Regulations for the medical services of the Army of India
Year: 1930
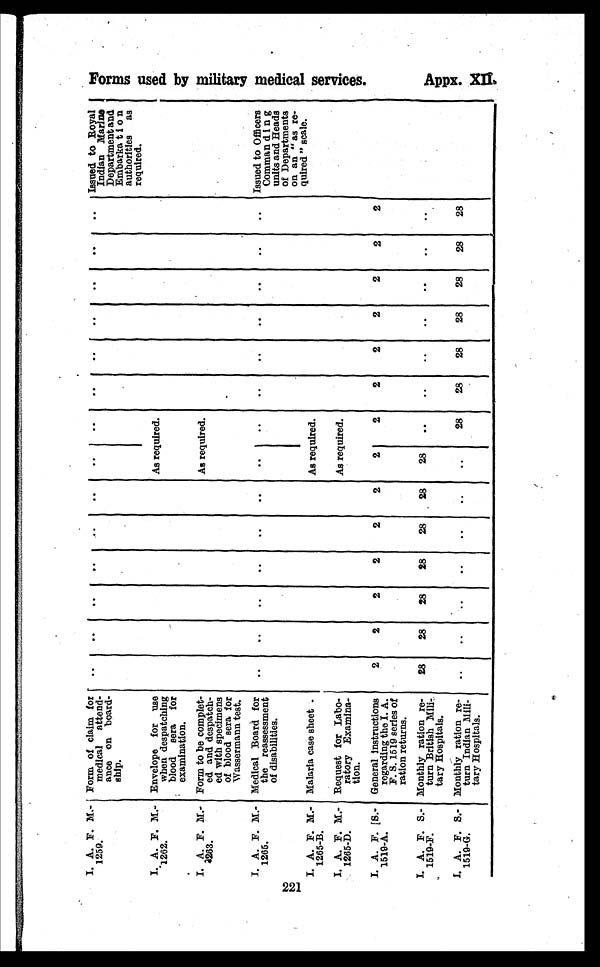
I. A. F. M.-
1259.
Form of claim for
medical attend-
ance on board-
ship.
..
..
..
..
..
..
. .
. .
. .
. . ..
..
..
.. Issued to Royal
Indian Marine
Department and
Embarkation
authorities as
required.
I. A. F. M-
1262.
Envelope for use
when despatching
blood sera for
examination.
As required.
I. A. F. M.-
1263.
Form to be complet-
ed and despatch-
ed with specimens
of blood sera for
Wassermann test.
As required.
I. A. F. M.-
1265.
Medical Board for
the reassessment
of disabilities.
. . ..
..
..
..
..
..
..
..
..
..
..
. .
.. Issued to Officers
Commanding
units and Heads
of Departments
on an "as re-
quired "scale.
I. A. F. M.-
1265-B.
Malaria case sheet .
As required.
I. A. F. M.-
1265-D.
Request for Labo-
ratory Examina-
tion.
As required.
I. A. F. S.-
1519-A.
General instructions
regarding the I. A.
F. S. 1519 series of
ration returns.
2
2
2
2
2
2
2
2
2
2
2
2
2
2
I. A. F. S.-
1519-F.
Monthly ration re-
turn British Mili-
tary Hospitals.
28
28
28
28
28
2 8
2 8
..
..
..
..
..
. .
. .
I. A. F. S.-
1519-G.
Monthly ration re-
turn Indian Mili-
tary Hospitals.
. . .
. ..
..
..
..
..
28
28
28
28
28
28
28
O
Tr
cri
.41
5
F o r m s u s e d b y m i l i t a r y m e d i c a l s e r v i c e s .
Ap p x . XI I .